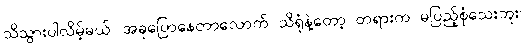
သိသွားပါလိမ့်မယ်၊ အခုပြောနေတာလောက် သိရုံနဲ့တော့ တရားက မပြည့်စုံသေးဘူး၊